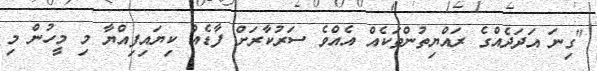
"ގިނަ އަދަދެއްގެ ރައްޔިތުންތަކެއް އެއްވެ ސަރުކާރަށް ފާޑެއް ކިޔައިފިއްޔާ މި މީހުން މި